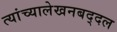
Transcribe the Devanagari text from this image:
त्यांच्यालेखनबद्दल